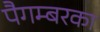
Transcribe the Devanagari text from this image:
पैगम्बरका